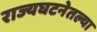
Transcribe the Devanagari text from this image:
राज्यघटनेतल्या